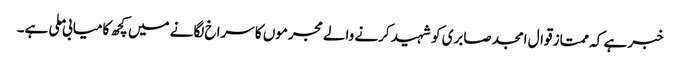
خبر ہے کہ ممتاز قوال امجد صابری کو شہید کرنے والے مجرموں کا سراخ لگانے میں کچھ کامیابی ملی ہے۔